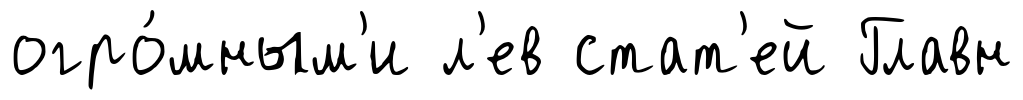
огро́мным'и л'ев стат'ей Главн